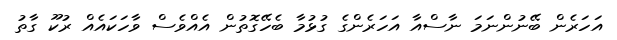
އަހަރެން ބޭނުންނަމަ ނާސްއާ އަހަރެންގެ ގުޅުމާ ބެހޭގޮތުން އެއްވެސް ވާހަކައެއް ރުކޫ ގާތު